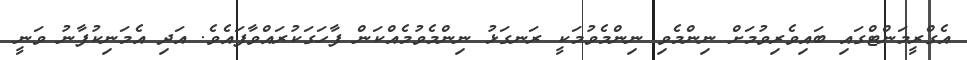
އެގްރީމަންޓްގައި ބައިވެރިވުމަށް ނިންމެވި ނިންމެވުމަކީ ރަނގަޅު ނިންމެވުމެއްކަން ފާހަގަކުރައްވާފައެވެ. އަދި އެމަނިކުފާނު ވަނީ